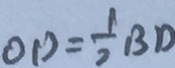
O D = \frac { 1 } { 2 } B D